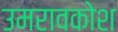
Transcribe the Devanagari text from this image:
उमरावकोश